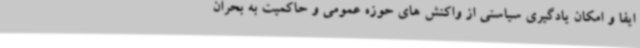
ایفا و امکان یادگیری سیاستی از واکنش های حوزه عمومی و حاکمیت به بحران